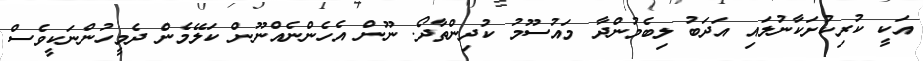
އަކީ ކުރިކުށަކާނުލައި އަދަބު ލިބެމުންދާ މައުސޫމު ކުދިންތާދޯ. ނޫން އެހެންނެއްނޫން ކަލޭމެން ދެމީހުންނަކީވެސް